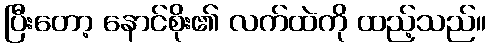
ပြီးတော့ နောင်စိုး၏ လက်ထဲကို ထည့်သည်။